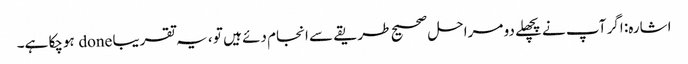
اشارہ: اگر آپ نے پچھلے دو مراحل صحیح طریقے سے انجام دئے ہیں تو ، یہ تقریبا done ہوچکا ہے۔